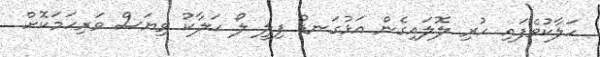
ހަލާކުވެފައި ހުރި ލޮލައިގެން އަޅުގަނޑު ފިލީ ލޯ ހަލާކު ވިޔަސް ވަރިހަމަކޮށް